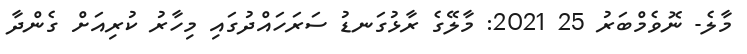
މާލެ- ނޮވެމްބަރު 25 2021: މާލޭގެ ރާޅުގަނޑު ސަރަހައްދުގައި މިހާރު ކުރިއަށް ގެންދާ